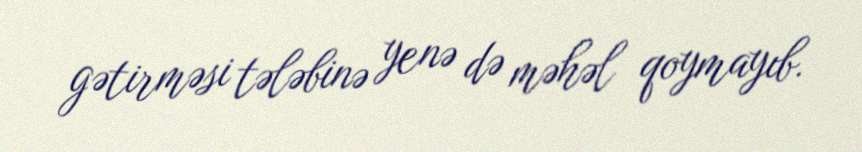
gətirməsi tələbinə yenə də məhəl qoymayıb.